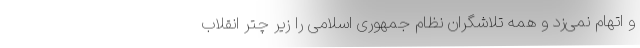
و اتهام نمی‌زد و همه تلاشگران نظام جمهوری اسلامی را زیر چتر انقلاب